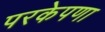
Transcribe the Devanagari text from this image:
परकेपणा